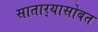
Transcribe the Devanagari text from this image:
सातार्‍यासोबत